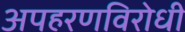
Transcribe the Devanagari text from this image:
अपहरणविरोधी